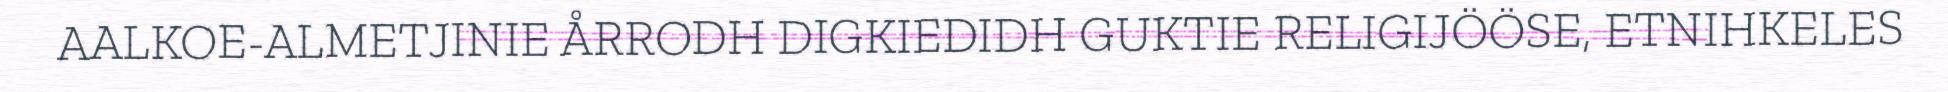
AALKOE-ALMETJINIE ÅRRODH DIGKIEDIDH GUKTIE RELIGIJÖÖSE, ETNIHKELES